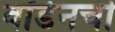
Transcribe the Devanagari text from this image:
वॉर्डनची